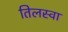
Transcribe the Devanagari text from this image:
तिलस्वा